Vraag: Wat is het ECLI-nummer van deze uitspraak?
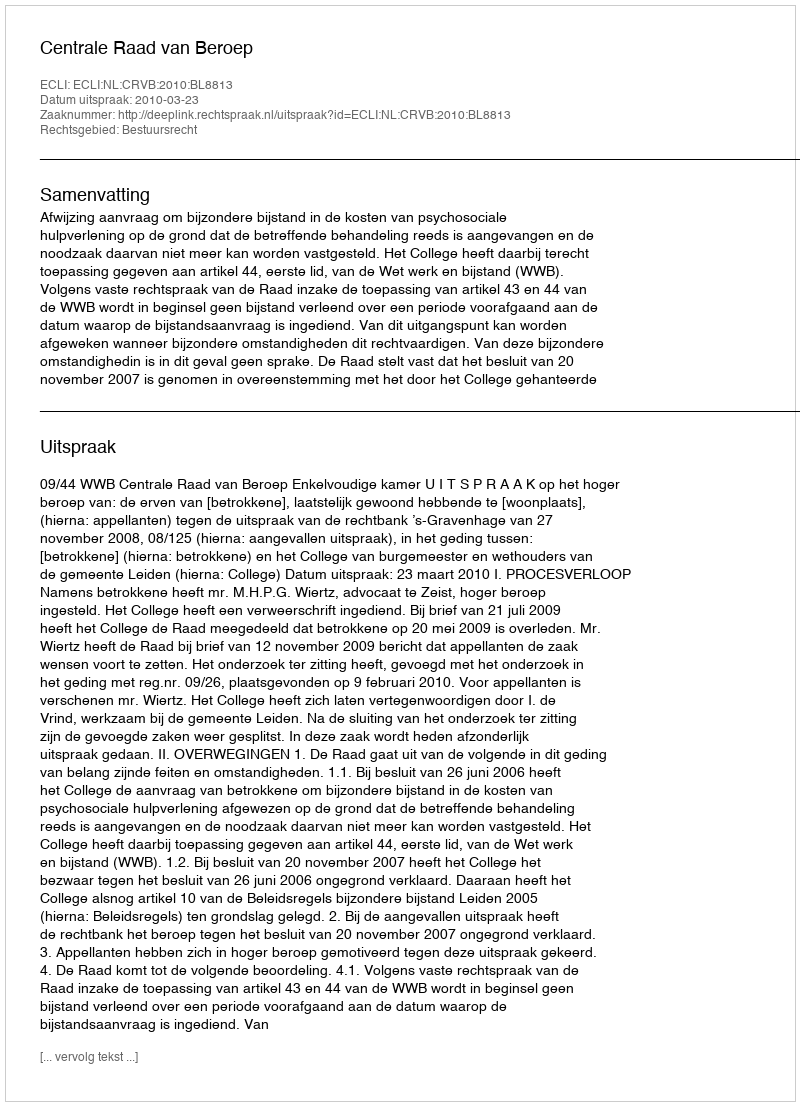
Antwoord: ECLI:NL:CRVB:2010:BL8813